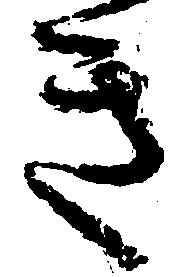
き